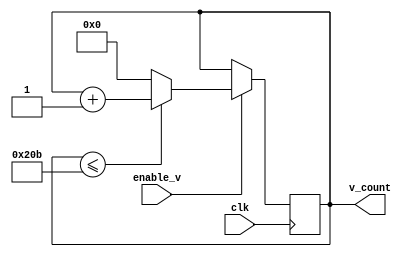
`timescale 1ns / 1ps
module v_counter(clk,enable_v,v_count);
  input clk;
  input enable_v;
  output [9:0] v_count;
  reg [9:0] v_count;
  initial v_count=0;
  always @ (posedge clk)
  
    begin
      if (enable_v==1)
        begin 
          if (v_count <= 523)
            begin
            	v_count <= v_count + 1;
        	end
          else
        	begin
          	v_count <= 0;
        	end
        end
    
    end
endmodule
module h_counter(clk,h_count,trig_v);
  input clk;
  output [9:0] h_count;
  output trig_v;
  reg [9:0] h_count;
  reg trig_v;
  initial 
    begin
      h_count=0;
      trig_v=0;
    end
  always @ (posedge clk)
    begin
      if (h_count<799)
        begin
          h_count <= h_count+1;
          if (h_count ==798)
          begin 
            trig_v <=1;
          end
        end
      else
        begin
          trig_v <=0;
          h_count <= 0;        
        end
    end
endmodule

module clk_div(clk,clk_d); 
  parameter div_value=1;
  input clk;
  output clk_d;
  reg clk_d;
  reg count;
  initial
    begin
    clk_d=0;
    count=0;
  end
  always @ (posedge clk)
    begin
      if (count==div_value)
        count<=0;
      else
        count<=count+1;
    end
  always @ (posedge clk)
    begin 
      if (count==div_value)
        clk_d <= ~clk_d;
    end
endmodule

module vga_sync(
  input [9:0] h_count,
  input [9:0] v_count,
  output h_sync,
  output v_sync,
  output video_on,
  output [9:0] x_loc,
  output [9:0] y_loc
);
  
  // horizontal 
  localparam HD = 640;   
  localparam HF =16;   
  localparam HB =48;    
  localparam HR =96;    
  
  // vertical
  localparam VD=480; 
  localparam VF=10; 
  localparam VB=33;  
  localparam VR=2;   
  
  
  assign h_sync=~((h_count>=HD+HF) && (h_count<HD+HF+HR));
  assign v_sync=~((v_count>=VD+VF) && (v_count<=491));
  
  // keep X and Y bound within the active pixels
  assign x_loc = h_count;
  assign y_loc = v_count;
  
  //video_on
  
  assign video_on = (h_count<640)&&(v_count<480);
  
endmodule



module top(clk,clk_d,h_sync,v_sync,red,green,blue);
  input clk;
  output clk_d;
  output h_sync;
  output v_sync;
  output reg [3:0] red;
  output reg [3:0] green;
  output reg [3:0] blue;
  wire p,q,r;
  wire [9:0] c_h;
  wire [9:0] c_v;
  wire [9:0] x,y;
  wire R,G,B;
  reg prey;
  reg border;
  reg snake_head;
  reg[9:0] X_snake;
  reg [8:0] Y_snake;
  reg [9:0] preyX;
  reg [9:0] preyY;
  reg X_in,Y_in;
 
  clk_div c1(.clk(clk),.clk_d(p));
  h_counter c2(.clk(p),.h_count(c_h),.trig_v(q));
  v_counter c3(.clk(p),.enable_v(q),.v_count(c_v));
  vga_sync c4(.h_count(c_h),.v_count(c_v),.h_sync(h_sync),.v_sync(v_sync),.video_on(r),.x_loc(x),.y_loc(y));
  assign clk_d=p;
  
  initial
    begin 
      X_snake=10'd20;
      Y_snake=9'd20;
    end
  always@(posedge p )
    begin
      X_in <=(c_h > preyX & c_h < (preyX + 50));
      Y_in <= (c_v > preyY & c_v < (preyY +50));
      prey <= X_in & Y_in;
    end
  
  always @ (posedge p)
    begin
      border<=((((c_h>=0) & (c_h<15) & ((c_v>=220) & (c_v<280))) | (c_h>=630) & (c_h<481) & ((~c_v>=220) & (~c_v<280))) | ((c_v>=0) & (c_v<15) | (c_v>=465) & (c_v< 481)));
    end
  always @ (posedge p)
    begin
      snake_head <= (c_h>X_snake & c_h < (X_snake+10)) & (c_v>Y_snake & c_v< (Y_snake+10));
    end
  always @ (posedge p)
    begin
      prey <= ((c_h>200 & c_h < 210) & (c_v > 300 & c_v < 310 )); 
    end
  assign R = (r & (prey));
  assign G = (r & (snake_head));
  assign B = (r & (border));
  
  always @(posedge p)
    begin
      red ={4{R}};
      green={4{G}};
      blue={4{B}};
    end 
endmodule